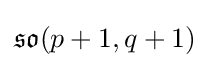
{\mathfrak {so}}(p+1,q+1)